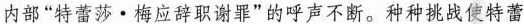
内部”特蕾莎·梅应辞职谢罪”的呼声不断。种种挑战使特蕾